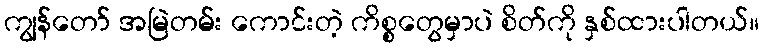
ကျွန်တော် အမြဲတမ်း ကောင်းတဲ့ ကိစ္စတွေမှာပဲ စိတ်ကို နှစ်ထားပါတယ်။